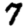
Digit: 7